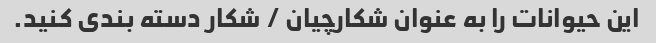
این حیوانات را به عنوان شکارچیان / شکار دسته بندی کنید.